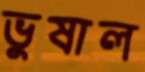
ভুষাল